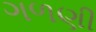
ગળણી